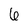
Character: 6